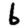
Digit: 6